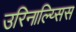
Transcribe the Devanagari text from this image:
उरिनाल्य्सिस